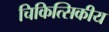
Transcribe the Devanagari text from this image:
चिकित्सिकीय